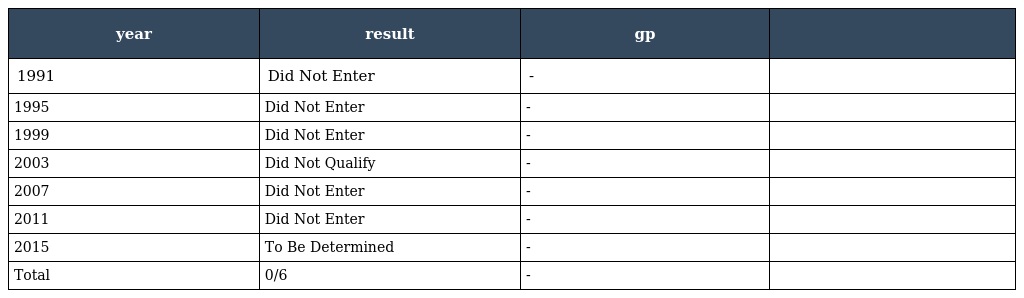
| year | result | gp |  |
 | --- | --- | --- | --- |
 | 1991 | Did Not Enter | - |  |
 | 1995 | Did Not Enter | - |  |
 | 1999 | Did Not Enter | - |  |
 | 2003 | Did Not Qualify | - |  |
 | 2007 | Did Not Enter | - |  |
 | 2011 | Did Not Enter | - |  |
 | 2015 | To Be Determined | - |  |
 | Total | 0/6 | - |  |